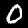
Label: 0